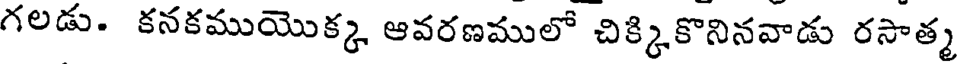
గలడు. కనకముయొక్క ఆవరణములో చిక్కికొనినవాడు రసాత్మ